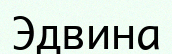
Эдвина